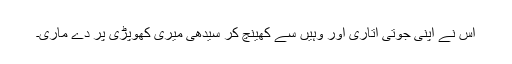
اس نے اپنی جوتی اتاری اور وہیں سے کھینچ کر سیدھی میری کھوپڑی پر دے ماری۔